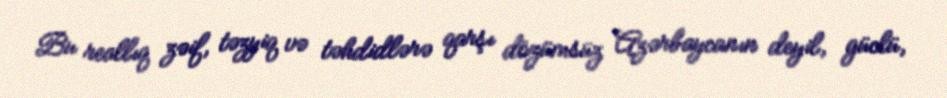
Bu reallıq zəif, təzyiq və təhdidlərə qarşı dözümsüz Azərbaycanın deyil, güclü,